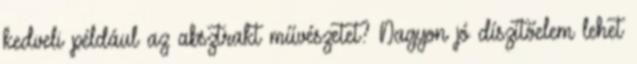
kedveli például az absztrakt művészetet? Nagyon jó díszítőelem lehet